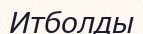
Итболды